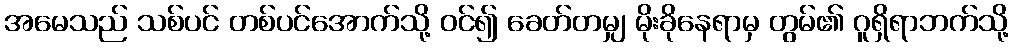
အမေသည် သစ်ပင် တစ်ပင်အောက်သို့ ဝင်၍ ခေတ်တမျှ မိုးခိုနေရာမှ တွမ်၏ ဂူရှိရာဘက်သို့